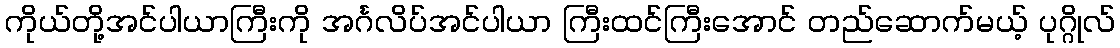
ကိုယ်တို့အင်ပါယာကြီးကို အင်္ဂလိပ်အင်ပါယာ ကြီးထင်ကြီးအောင် တည်ဆောက်မယ့် ပုဂ္ဂိုလ်